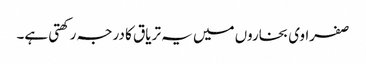
صفراوی بخاروں میں یہ تریاق کا درجہ رکھتی ہے۔